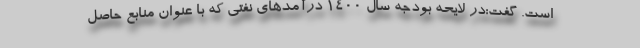
است. گفت:در لایحه بودجه سال ۱۴۰۰ درآمدهای نفتی که با عنوان منابع حاصل